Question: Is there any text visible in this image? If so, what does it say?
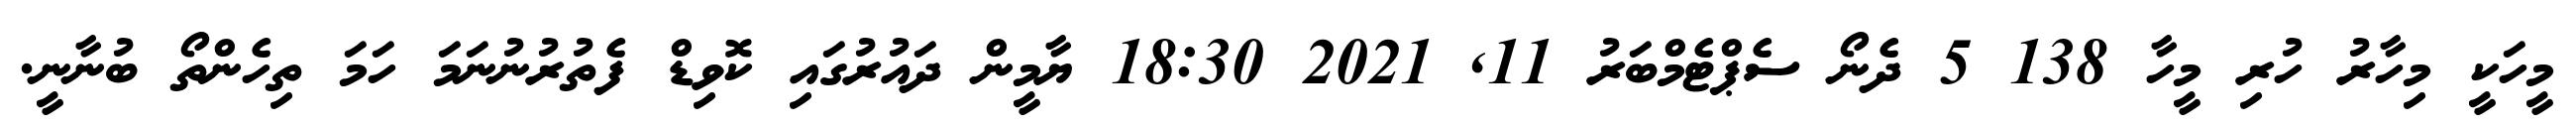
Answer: މީހަކީ މިހާރު ހުރި މީހާ 138 5 ދެނޯ ސެޕްޓެމްބަރު 11, 2021 18:30 ޔާމީން ދައުރުގައި ކޮވިޑް ފެތުރުނުނަމަ ހަމަ ތިހެންތޯ ބުނާނީ.